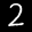
Label: 2